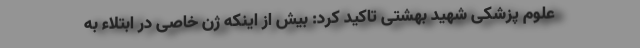
علوم پزشکی شهید بهشتی تاکید کرد: بیش از اینکه ژن خاصی در ابتلاء به